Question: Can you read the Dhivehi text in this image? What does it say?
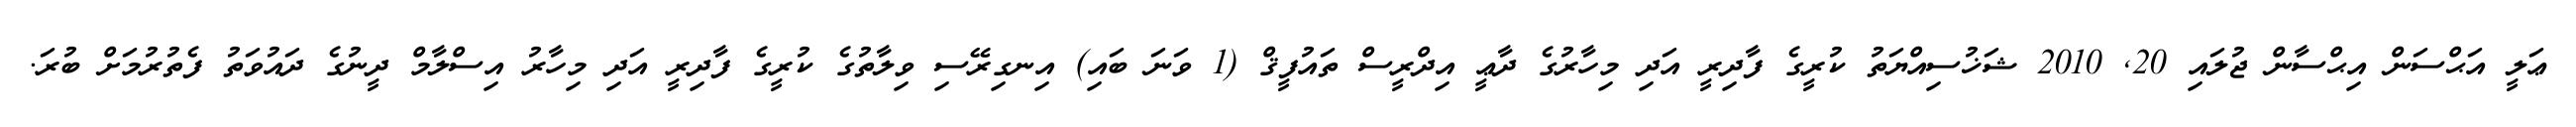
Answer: ޢަލީ އަޙްސަން އިޙްސާން ޖުލައި 20, 2010 ޝަޚުސިއްޔަތު ކުރީގެ ފާދިރީ އަދި މިހާރުގެ ދާޢީ އިދްރީސް ތައުފީޤް (1 ވަނަ ބައި) އިނގިރޭސި ވިލާތުގެ ކުރީގެ ފާދިރީ އަދި މިހާރު އިސްލާމް ދީނުގެ ދައުވަތު ފެތުރުމަށް ބުރަ.